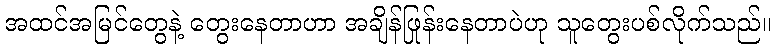
အထင်အမြင်တွေနဲ့ တွေးနေတာဟာ အချိန်ဖြုန်းနေတာပဲဟု သူတွေးပစ်လိုက်သည်။